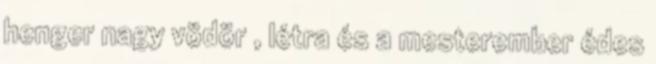
henger nagy vödör , létra és a mesterember édes